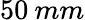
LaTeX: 50\: mm